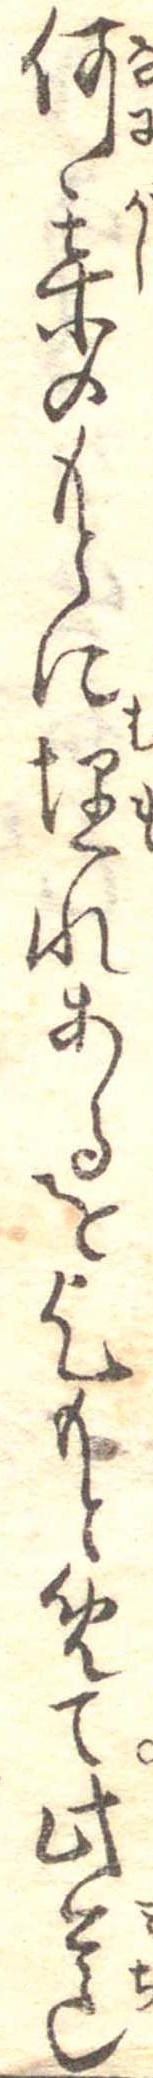
何某のもとに埋れあるを乞もとめて此道